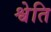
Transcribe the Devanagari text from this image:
श्वेति